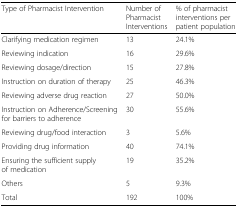
| Type of Pharmacist Intervention | Number of Pharmacist Interventions | % of pharmacist interventions per patient population |
 | --- | --- | --- |
 | Clarifying medication regimen | 13 | 24.1% |
 | Reviewing indication | 16 | 29.6% |
 | Reviewing dosage/direction | 15 | 27.8% |
 | Instruction on duration of therapy | 25 | 46.3% |
 | Reviewing adverse drug reaction | 27 | 50.0% |
 | Instruction on Adherence/Screening for barriers to adherence | 30 | 55.6% |
 | Reviewing drug/food interaction | 3 | 5.6% |
 | Providing drug information | 40 | 74.1% |
 | Ensuring the sufficient supply of medication | 19 | 35.2% |
 | Others | 5 | 9.3% |
 | Total | 192 | 100% |